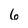
Character: 6